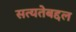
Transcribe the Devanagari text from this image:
सत्यतेबद्दल